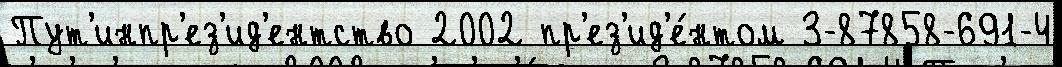
Пут'инпр'ез'ид'ентство 2002 пр'ез'ид'е́нтом 3-87858-691-4